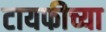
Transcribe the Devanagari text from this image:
टायफीच्या